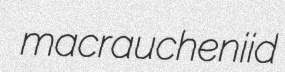
macraucheniid